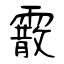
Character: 霰